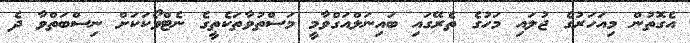
އެގޮތުން މިއަހަރުގެ ޖުލައި މަހުގެ ތެރޭގައި ބައިނަލްއަގްވާމީ މަސްތުވާތަކެތީގެ ނެޓްވޯކަކަށް ނިސްބަތްވާ ދެ